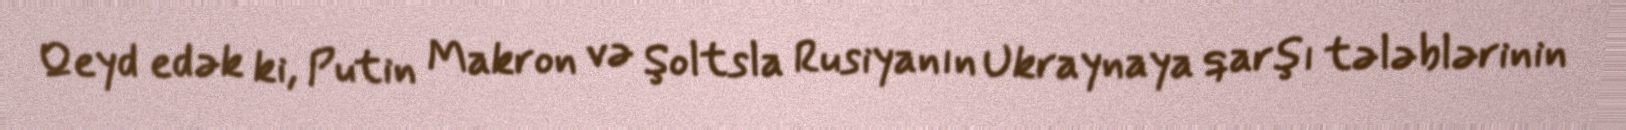
Qeyd edək ki, Putin Makron və Şoltsla Rusiyanın Ukraynaya qarşı tələblərinin